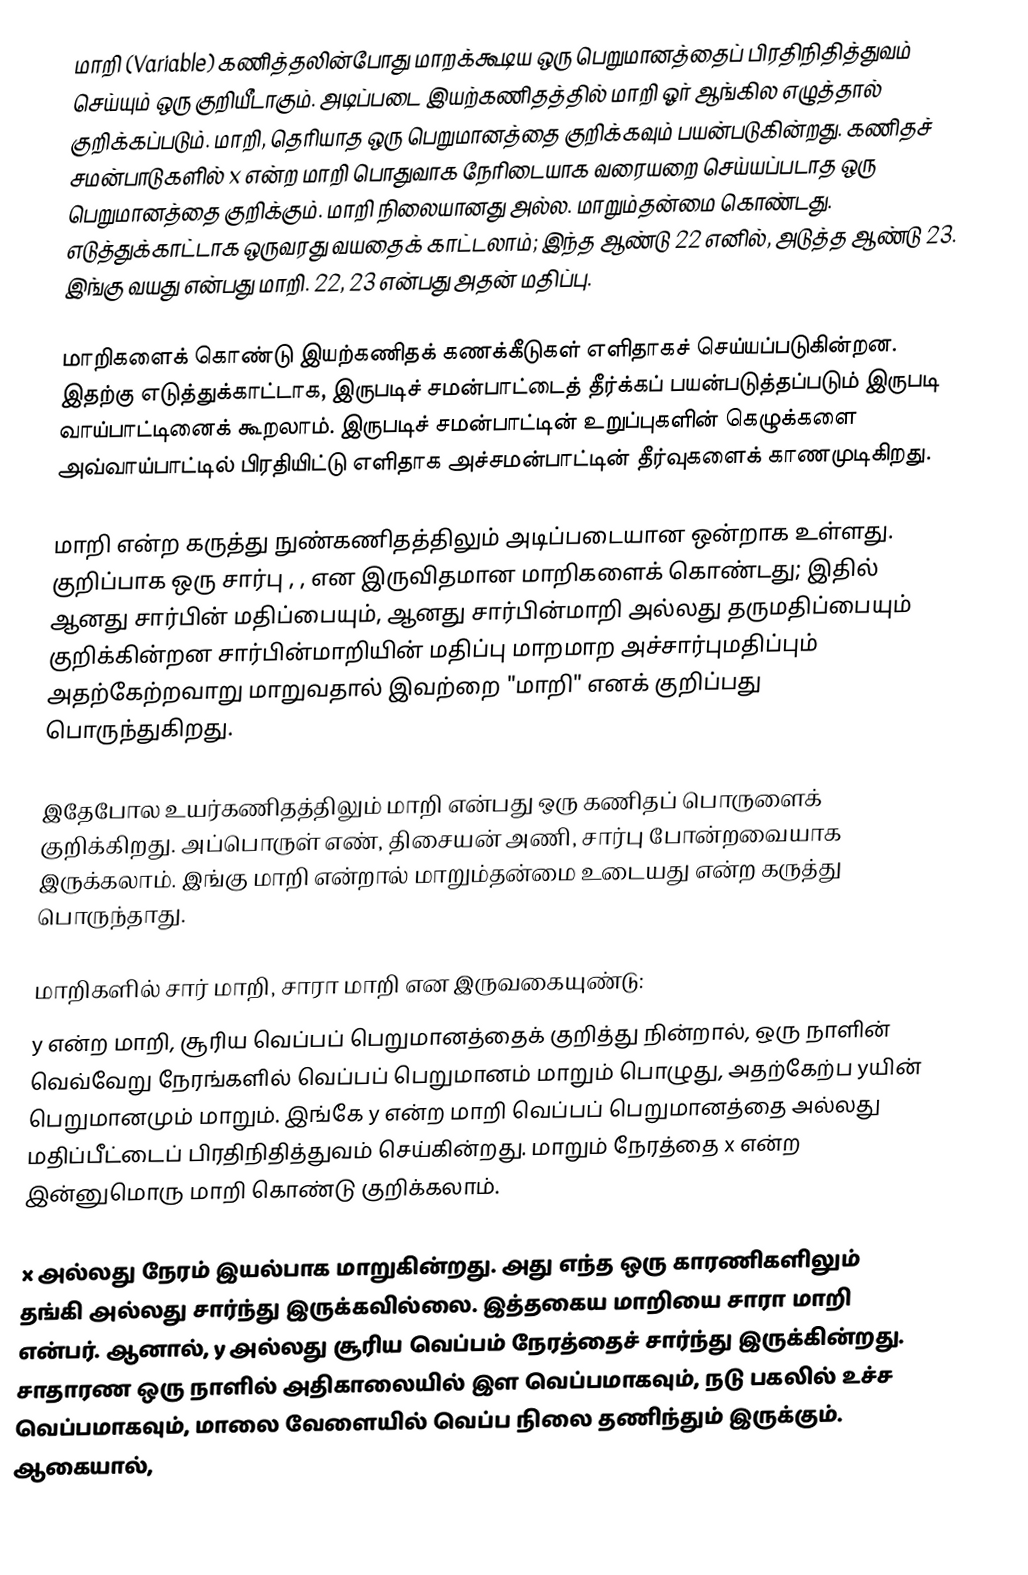
மாறி (Variable) கணித்தலின்போது மாறக்கூடிய ஒரு பெறுமானத்தைப் பிரதிநிதித்துவம் செய்யும் ஒரு குறியீடாகும். அடிப்படை இயற்கணிதத்தில் மாறி ஓர் ஆங்கில எழுத்தால் குறிக்கப்படும். மாறி, தெரியாத ஒரு பெறுமானத்தை குறிக்கவும் பயன்படுகின்றது. கணிதச் சமன்பாடுகளில் x என்ற மாறி பொதுவாக நேரிடையாக வரையறை செய்யப்படாத ஒரு பெறுமானத்தை குறிக்கும். மாறி நிலையானது அல்ல. மாறும்தன்மை கொண்டது. எடுத்துக்காட்டாக  ஒருவரது வயதைக் காட்டலாம்; இந்த ஆண்டு 22 எனில், அடுத்த ஆண்டு 23. இங்கு வயது என்பது மாறி. 22, 23 என்பது  அதன் மதிப்பு.

மாறிகளைக் கொண்டு இயற்கணிதக் கணக்கீடுகள் எளிதாகச் செய்யப்படுகின்றன. இதற்கு எடுத்துக்காட்டாக,  இருபடிச் சமன்பாட்டைத் தீர்க்கப் பயன்படுத்தப்படும் இருபடி வாய்பாட்டினைக் கூறலாம். இருபடிச் சமன்பாட்டின் உறுப்புகளின் கெழுக்களை அவ்வாய்பாட்டில் பிரதியிட்டு எளிதாக அச்சமன்பாட்டின் தீர்வுகளைக் காணமுடிகிறது.

மாறி என்ற கருத்து நுண்கணிதத்திலும் அடிப்படையான ஒன்றாக உள்ளது. குறிப்பாக ஒரு சார்பு , ,  என இருவிதமான மாறிகளைக் கொண்டது; இதில்  ஆனது சார்பின் மதிப்பையும்,  ஆனது சார்பின்மாறி அல்லது தருமதிப்பையும் குறிக்கின்றன சார்பின்மாறியின் மதிப்பு மாறமாற அச்சார்புமதிப்பும் அதற்கேற்றவாறு மாறுவதால் இவற்றை "மாறி" எனக் குறிப்பது பொருந்துகிறது.

இதேபோல உயர்கணிதத்திலும் மாறி என்பது ஒரு கணிதப் பொருளைக் குறிக்கிறது. அப்பொருள் எண், திசையன் அணி, சார்பு போன்றவையாக இருக்கலாம். இங்கு மாறி என்றால் மாறும்தன்மை உடையது என்ற கருத்து பொருந்தாது.

மாறிகளில் சார் மாறி, சாரா மாறி என இருவகையுண்டு:
y என்ற மாறி, சூரிய வெப்பப் பெறுமானத்தைக் குறித்து நின்றால், ஒரு நாளின் வெவ்வேறு நேரங்களில் வெப்பப் பெறுமானம் மாறும் பொழுது, அதற்கேற்ப yயின் பெறுமானமும் மாறும். இங்கே y என்ற மாறி வெப்பப் பெறுமானத்தை அல்லது மதிப்பீட்டைப் பிரதிநிதித்துவம் செய்கின்றது. மாறும் நேரத்தை x என்ற இன்னுமொரு மாறி கொண்டு குறிக்கலாம்.

x அல்லது நேரம் இயல்பாக மாறுகின்றது. அது எந்த ஒரு காரணிகளிலும் தங்கி அல்லது சார்ந்து இருக்கவில்லை. இத்தகைய மாறியை சாரா மாறி என்பர். ஆனால், y அல்லது சூரிய வெப்பம் நேரத்தைச் சார்ந்து இருக்கின்றது. சாதாரண ஒரு நாளில் அதிகாலையில் இள வெப்பமாகவும், நடு பகலில் உச்ச வெப்பமாகவும், மாலை வேளையில் வெப்ப நிலை தணிந்தும் இருக்கும். ஆகையால்,